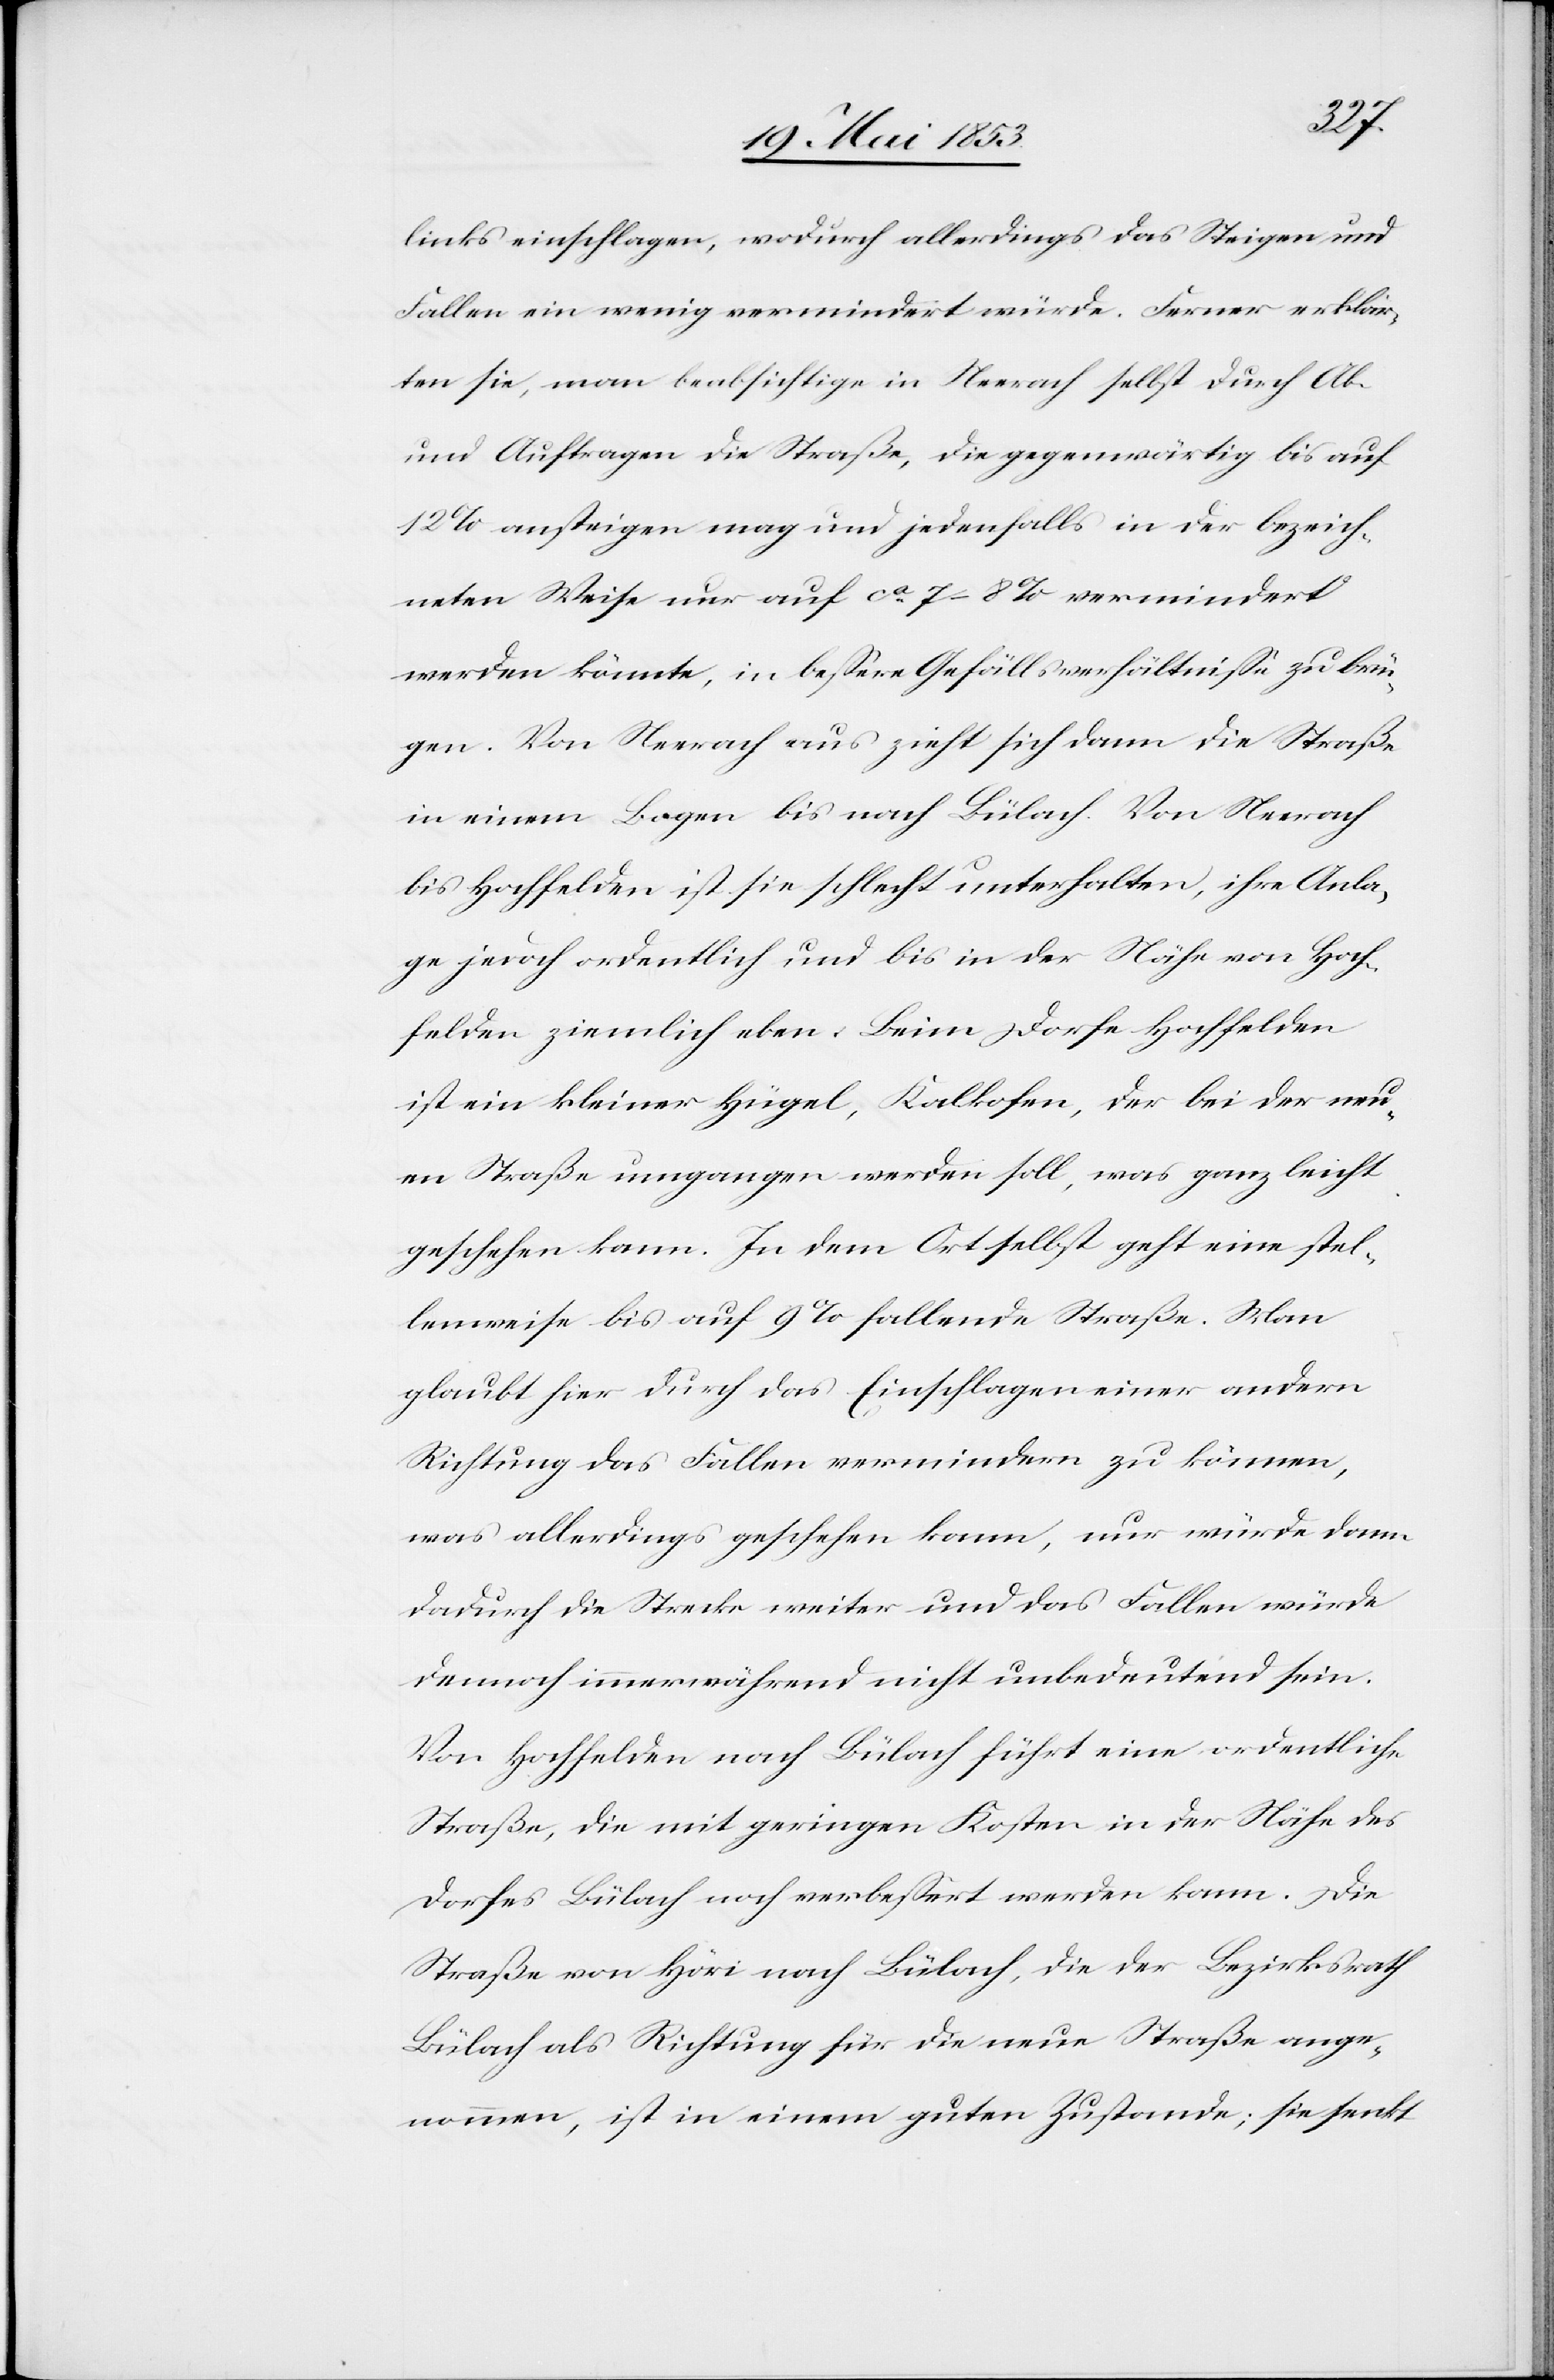
links einschlagen, wodurch allerdings das Steigen und
Fallen ein wenig vermindert würde. Ferner erklär¬
ten sie, man beabsichtige in Neerach selbst durch Ab-
und Auftragen die Straße, die gegenwärtig bis auf
12 % ansteigen mag und jedenfalls in der bezeich¬
neten Weise nur auf ca. 7–8 % vermindert
werden könnte, in beßere Gefällsverhältniße zu brin¬
gen. Von Neerach aus zieht sich dann die Straße
in einem Bogen bis nach Bülach. Von Neerach
bis Hochfelden ist sie schlecht unterhalten, ihre Anla¬
ge jedoch ordentlich und bis in der Nähe von Hoch¬
felden ziemlich eben. Beim Dorfe Hochfelden
ist ein kleiner Hügel, Kalkofen, der bei der neu¬
en Straße umgangen werden soll, was ganz leicht
geschehen kann.In dem Ort selbst geht eine stel¬
lenweise bis auf 9 % fallende Straße. Man
glaubt hier durch das Einschlagen einer andern
Richtung das Fallen vermindern zu können,
was allerdings geschehen kann, nur würde dann
dadurch die Strecke weiter und das Fallen würde
dennoch immerwährend nicht unbedeutend sein.
Von Hochfelden nach Bülach führt eine ordentliche
Straße, die mit geringen Kosten in der Nähe des
Dorfes Bülach noch verbeßert werden kann. Die
Straße von Höri nach Bülach, die der Bezirksrath
Bülach als Richtung für die neue Straße ange¬
nommen, ist in einem guten Zustande, sie senkt